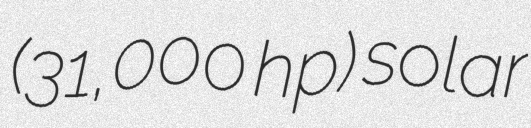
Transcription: (31,000 hp) solar